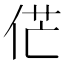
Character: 𠉋